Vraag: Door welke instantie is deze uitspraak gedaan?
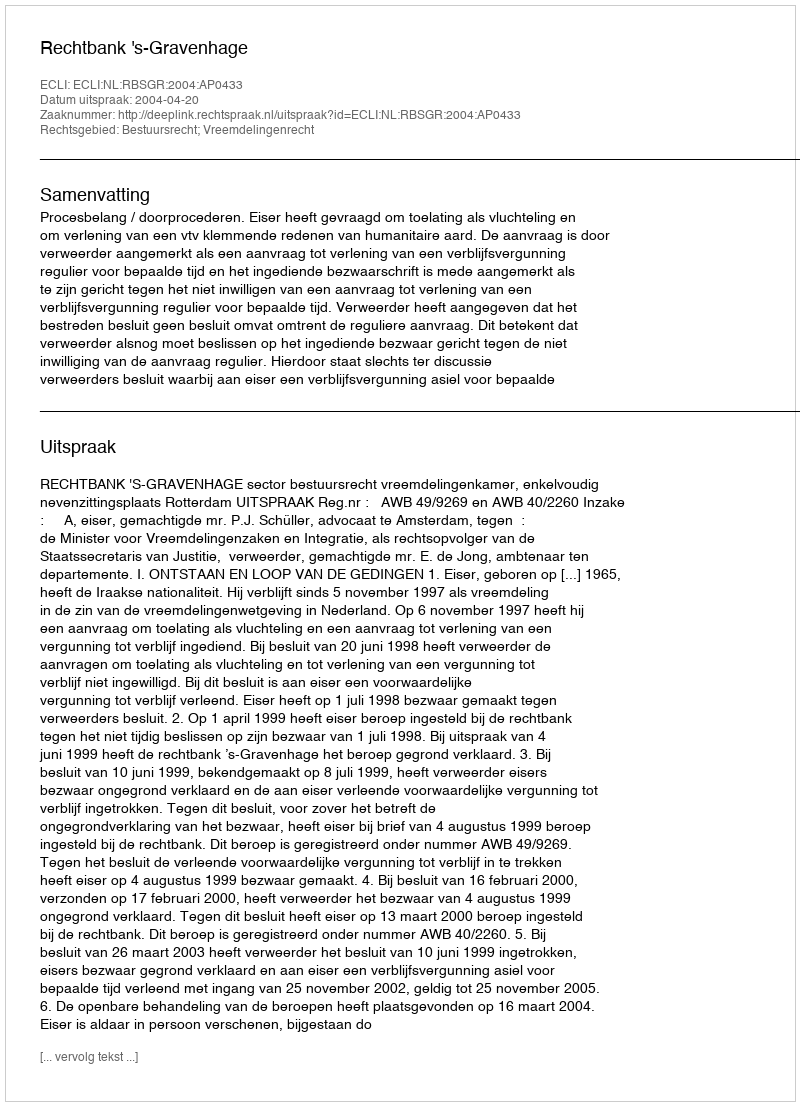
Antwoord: Rechtbank 's-Gravenhage